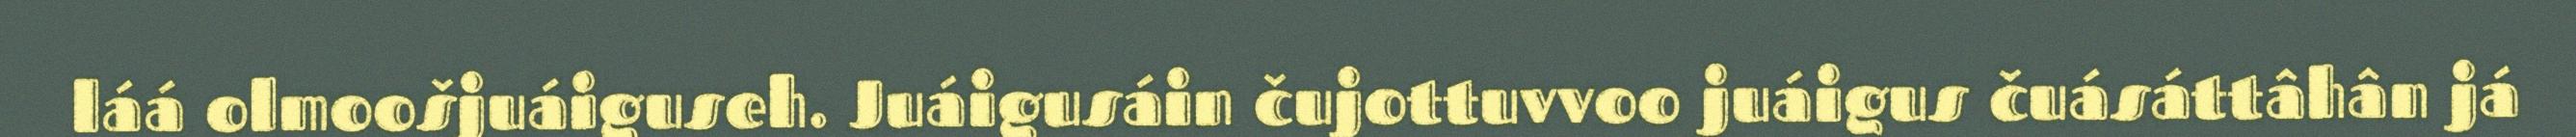
láá olmoošjuáiguseh. Juáigusáin čujottuvvoo juáigus čuásáttâhân já